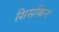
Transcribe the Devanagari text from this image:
शिसकिन